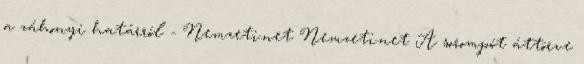
a záhonyi határról - Nemzeti.net Nemzeti.net A sorompót áttörve